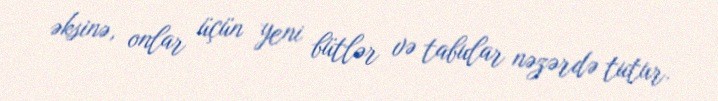
əksinə, onlar üçün yeni bütlər və tabular nəzərdə tutur.